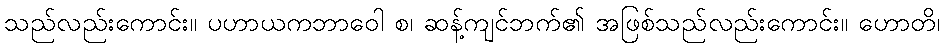
သည်လည်းကောင်း။ ပဟာယကဘာဝေါ စ၊ ဆန့်ကျင်ဘက်၏ အဖြစ်သည်လည်းကောင်း။ ဟောတိ၊